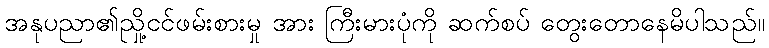
အနုပညာ၏ညှို့ငင်ဖမ်းစားမှု အား ကြီးမားပုံကို ဆက်စပ် တွေးတောနေမိပါသည်။